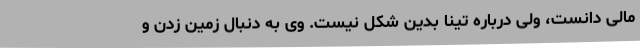
مالی دانست، ولی درباره تینا بدین شکل نیست.‌ وی به دنبال زمین زدن و